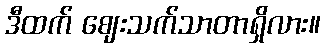
ဒီထက် ဈေးသက်သာတာရှိလား။